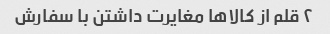
۲ قلم از کالاها مغایرت داشتن با سفارش